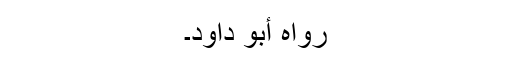
رَوَاہُ أَبُوْ دَاوُدَ۔